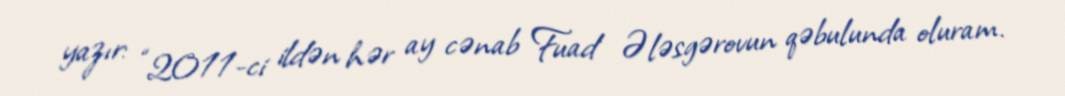
yazır: “2011-ci ildən hər ay cənab Fuad Ələsgərovun qəbulunda oluram.